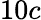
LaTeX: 10c